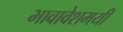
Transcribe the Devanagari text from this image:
भावावेशमयी